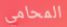
المحامي